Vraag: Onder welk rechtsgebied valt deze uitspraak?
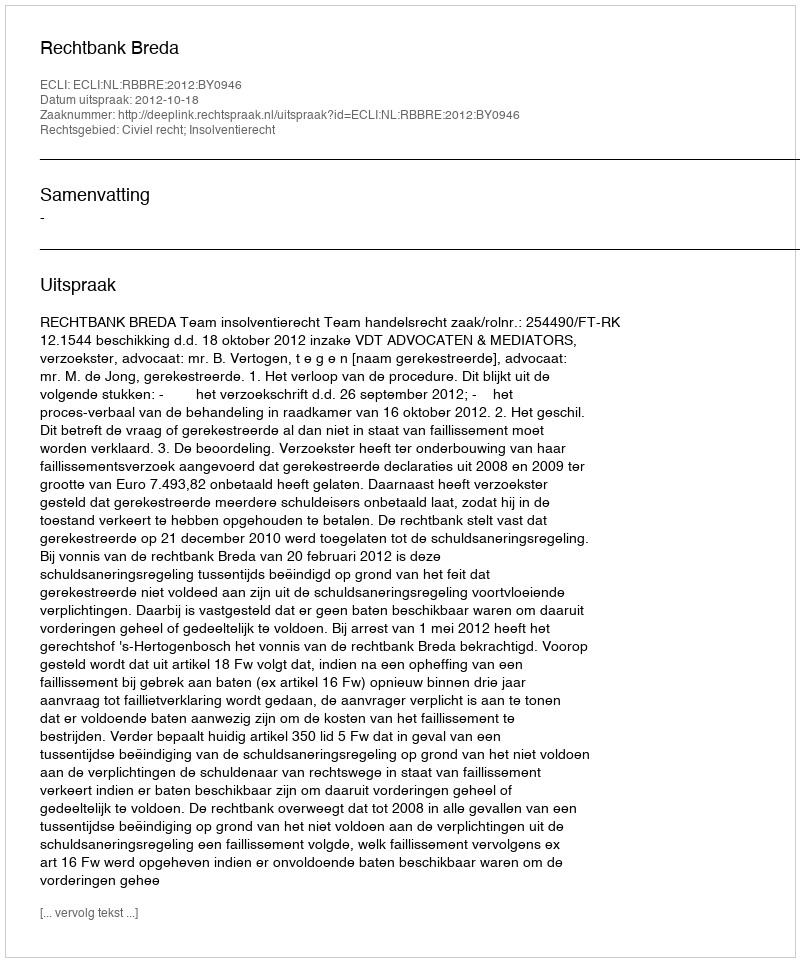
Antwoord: Civiel recht; Insolventierecht